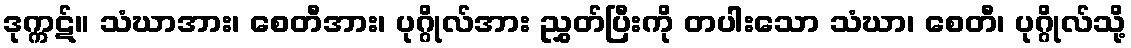
ဒုက္ကဋ်။ သံဃာအား၊ စေတီအား၊ ပုဂ္ဂိုလ်အား ညွှတ်ပြီးကို တပါးသော သံဃာ၊ စေတီ၊ ပုဂ္ဂိုလ်သို့